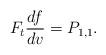
LaTeX: \begin{align*} F_t\frac{df}{dv}=P_{1,1}.\end{align*}